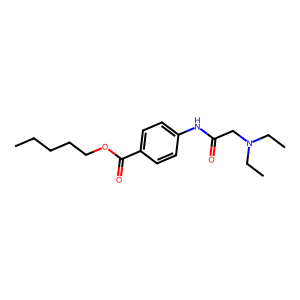
SMILES: CCCCCOC(=O)c1ccc(NC(=O)CN(CC)CC)cc1
Inhibits HIV replication: No